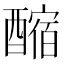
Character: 𨢲